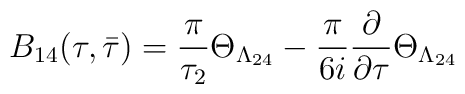
B_{14}(\tau,\bar{\tau})=\frac{\pi}{\tau_{2}}\Theta_{\Lambda_{24}}-\frac{\pi}{6i}\frac{\partial}{\partial\tau}\Theta_{\Lambda_{24}}